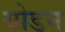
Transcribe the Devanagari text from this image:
योडन